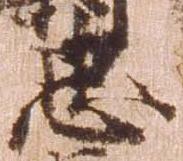
忠